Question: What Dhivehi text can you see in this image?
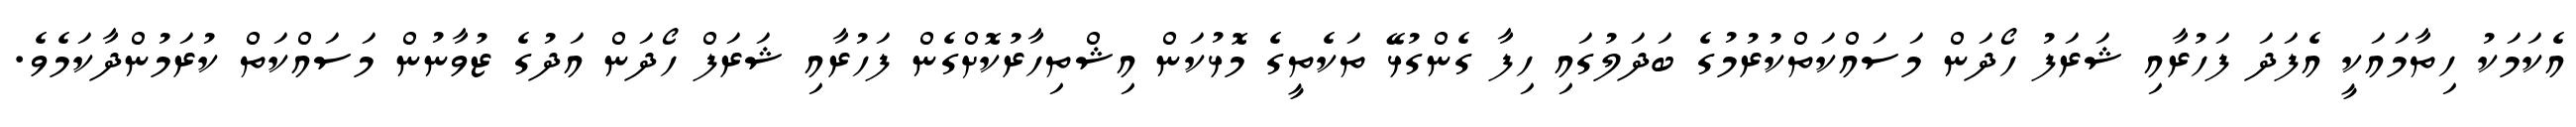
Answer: އެކަމަކު ހިތާމައަކީ އެފަދަ ފަހުރާއި ޝަރަފު ހޯދަން މަސައްކަތްކުރުމުގެ ބަދަލުގައި ހިފާ ގެންގުޅޭ ތަކެތީގެ މޮޅުކަން އިޝްތިހާރުކޮށްގެން ފަހުރާއި ޝަރަފް ހޯދަން އަދުގެ ޒުވާނުން މަސައްކަތް ކުރަމުންދާކަމެވެ.